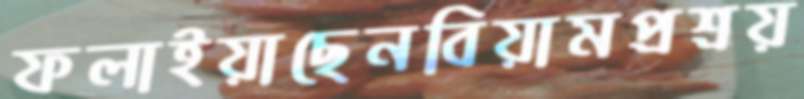
ফলাইয়াছেনবিয়ামপ্রশ্রয়